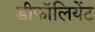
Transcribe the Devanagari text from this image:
डीफॉलियेंट